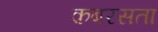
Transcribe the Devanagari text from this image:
क़बरसता